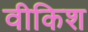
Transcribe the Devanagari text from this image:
वीकिश